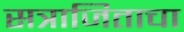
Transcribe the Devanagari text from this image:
सत्राजिताचा